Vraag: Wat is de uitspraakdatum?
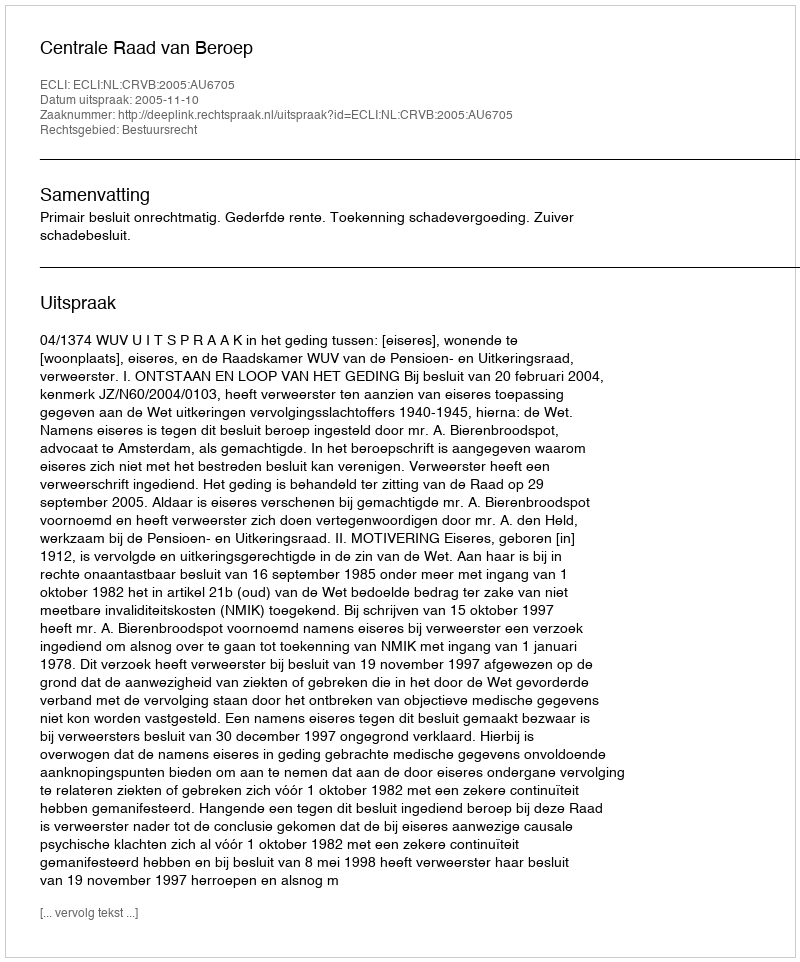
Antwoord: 2005-11-10